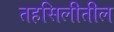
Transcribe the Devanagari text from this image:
तहसिलीतील